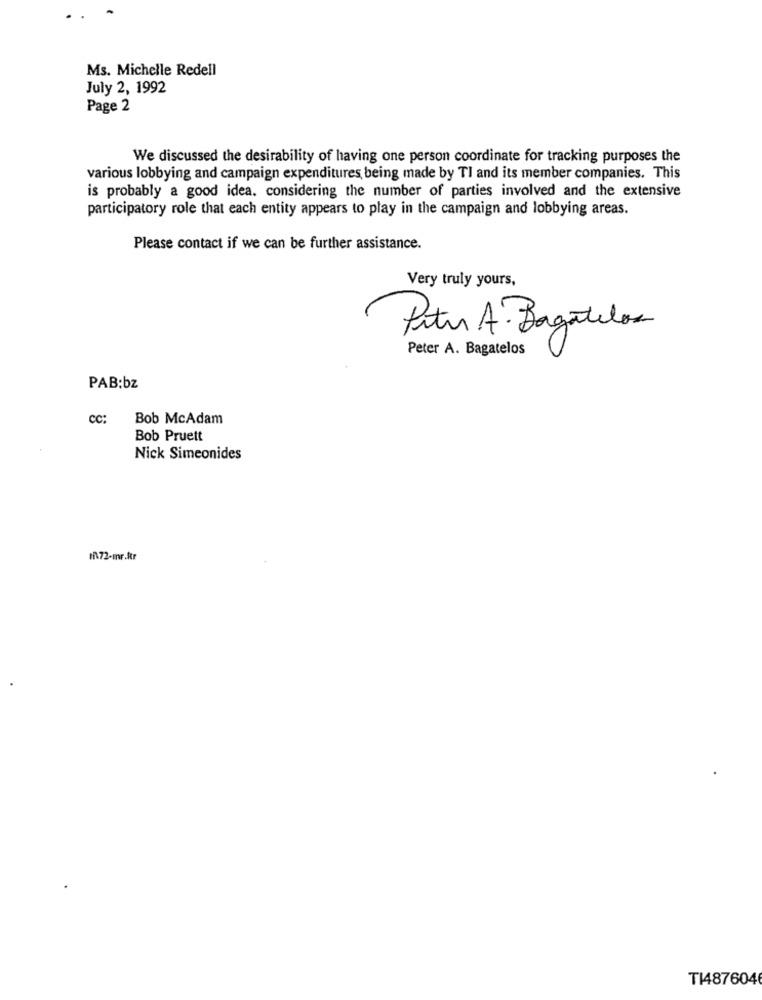
Ms. Michelle Redell
July 2, 1992
Page 2
We discussed the desirability of having one person coordinate for tracking purposes the
various lobbying and campaign expenditures being made by Tl and its member companies. This
is probably a good idea. considering the number of parties involved and the extensive
participatory role that each entity appears to play in the campaign and lobbying areas.
Please contact if we can be further assistance.
Very truly yours,
Pitu A. Bagatelos
Peter A. Bagatelos
PAB:bz
CC:
Bob McAdam
Bob Pruett
Nick Simeonides
172-mr.Rtr
TI487604